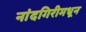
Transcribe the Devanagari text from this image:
नांदगिरीमधून